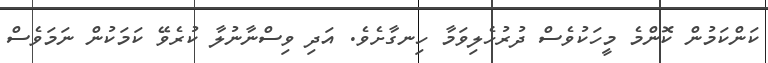
ކަންކަމުން ކޮންމެ މީހަކުވެސް ދުރުހެލިވަމާ ހިނގާށެވެ. އަދި ވިސްނާނުލާ ކުރެވޭ ކަމަކުން ނަމަވެސް